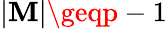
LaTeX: |\mathbf{M}|\geqp-1